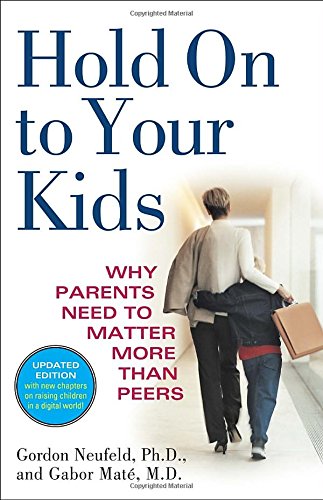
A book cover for Hold On to Your Kids: Why Parents Need to Matter More Than Peers; Gordon Neufeld; Parenting & Relationships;